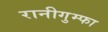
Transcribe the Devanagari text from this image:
रानीगुम्फा